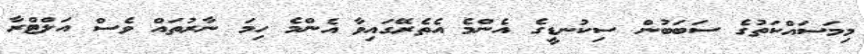
މިމަސައްކަތުގެ ސަބަބުން ސިކުނޑީގެ އެންމެ އެތެރޭގައިވާ އެންމެ ހިމަ ނާރުތައް ވެސް އަލްޓްރާ